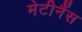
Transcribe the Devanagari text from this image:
मेटीनैंस